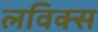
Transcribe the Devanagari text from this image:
लविक्स